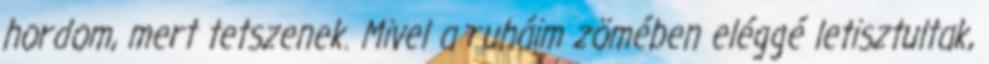
hordom, mert tetszenek. Mivel a ruháim zömében eléggé letisztultak,